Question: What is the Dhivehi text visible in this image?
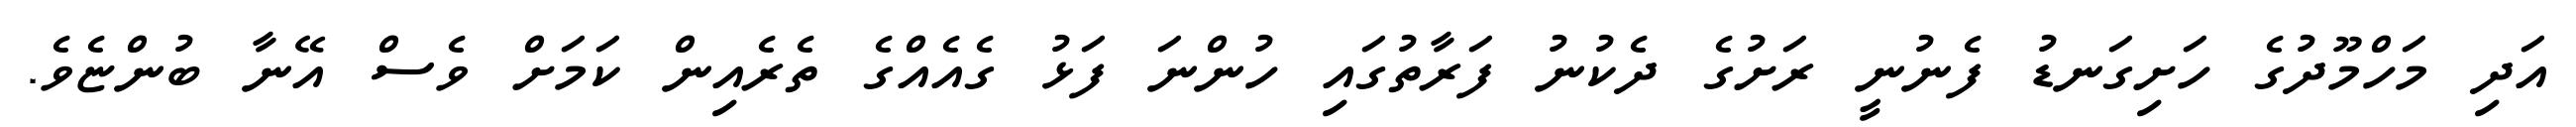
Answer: އަދި މަހްމޫދުގެ ހަށިގަނޑު ފެނުނީ ރަށުގެ ދެކުނު ފަރާތުގައި ހުންނަ ފަޅު ގެއެއްގެ ތެރެއިން ކަމަށް ވެސް އޭނާ ބުންޏެވެ.